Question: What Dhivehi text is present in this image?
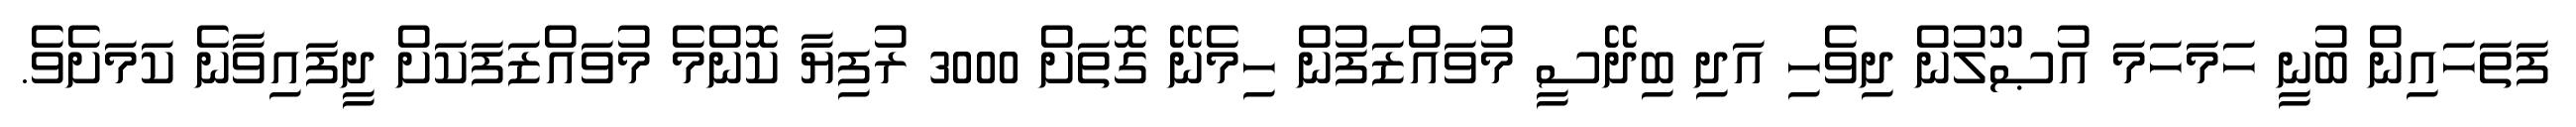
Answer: ފަތަހައިން ބުނީ ހަމަހަމަ އުޞޫލުން ދިވެހި އަދި ބިދޭސީ މުވައްޒަފުން ހިމެނޭ ގޮތަށް 3000 ރުފިޔާ ކޮންމެ މުވައްޒަފަކަށް ދީފައިވާނެ ކަމަށެވެ.